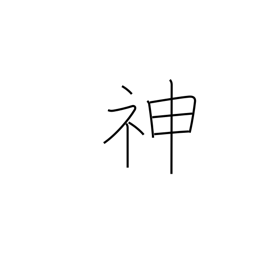
Meaning: gods